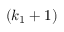
( k _ { 1 } + 1 )